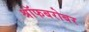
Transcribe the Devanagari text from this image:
श्रॉफबरोबर